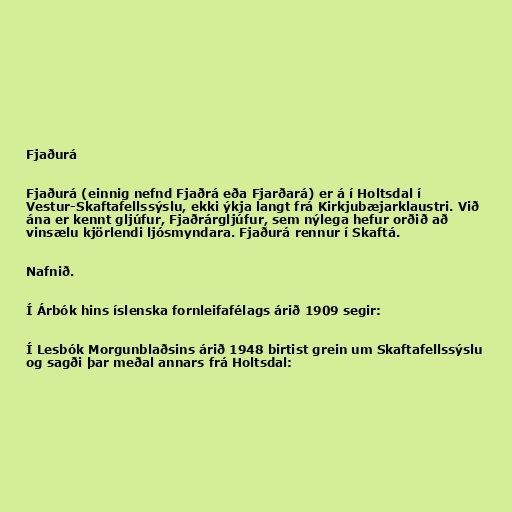
Fjaðurá

Fjaðurá (einnig nefnd Fjaðrá eða Fjarðará) er á í Holtsdal í
Vestur-Skaftafellssýslu, ekki ýkja langt frá Kirkjubæjarklaustri. Við
ána er kennt gljúfur, Fjaðrárgljúfur, sem nýlega hefur orðið að
vinsælu kjörlendi ljósmyndara. Fjaðurá rennur í Skaftá.

Nafnið.

Í Árbók hins íslenska fornleifafélags árið 1909 segir:

Í Lesbók Morgunblaðsins árið 1948 birtist grein um Skaftafellssýslu
og sagði þar meðal annars frá Holtsdal: